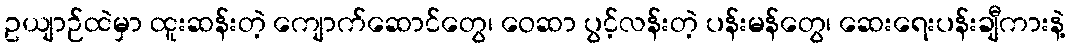
ဥယျာဉ်ထဲမှာ ထူးဆန်းတဲ့ ကျောက်ဆောင်တွေ၊ ဝေဆာ ပွင့်လန်းတဲ့ ပန်းမန်တွေ၊ ဆေးရေးပန်းချီကားနဲ့